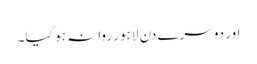
اور دوسرے دن لاہور روانہ ہوگیا۔